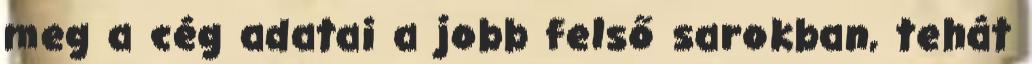
meg a cég adatai a jobb felső sarokban, tehát